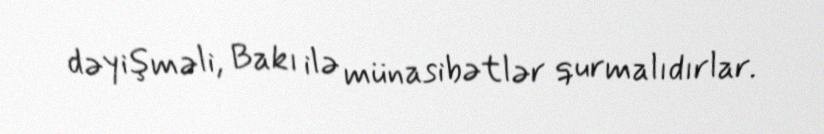
dəyişməli, Bakı ilə münasibətlər qurmalıdırlar.